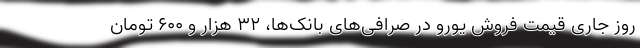
روز جاری قیمت فروش یورو در صرافی‌های بانک‌ها، ۳۲ هزار و ۶۰۰ تومان